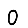
Digit: 0